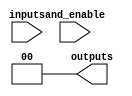
module jewel_pal #(
    parameter NUM_INPUTS = 8,   // Number of inputs
    parameter NUM_AND_GATES = 4, // Number of AND gates
    parameter NUM_OUTPUTS = 2    // Number of outputs
)(
    input wire [NUM_INPUTS-1:0] inputs, // Input signals
    input wire [NUM_AND_GATES-1:0] and_enable, // Control signals for AND gates
    output wire [NUM_OUTPUTS-1:0] outputs // Output signals
);

// Internal signals for AND gate outputs
wire [NUM_AND_GATES-1:0] and_outputs;

// Programmable AND array
genvar i, j;
generate
    for (i = 0; i < NUM_AND_GATES; i = i + 1) begin : and_gate
        wire [NUM_INPUTS-1:0] and_inputs;
        
        // Example configuration for AND gates
        // This should be replaced with actual programmable connections
        assign and_inputs = (i == 0) ? {inputs[0], inputs[1], ~inputs[2], 1'b1} : // AND gate 0
                            (i == 1) ? {inputs[1], inputs[3], inputs[4], 1'b1} : // AND gate 1
                            (i == 2) ? {~inputs[0], inputs[2], inputs[5], 1'b1} : // AND gate 2
                            (i == 3) ? {inputs[6], inputs[7], 1'b1, 1'b1} : // AND gate 3
                            4'b0000; // Default case

        // AND gate implementation
        assign and_outputs[i] = and_enable[i] ? &and_inputs : 1'b0; // AND gate output
    end
endgenerate

// Fixed OR array
assign outputs[0] = and_outputs[0] | and_outputs[1]; // OR gate 0
assign outputs[1] = and_outputs[2] | and_outputs[3]; // OR gate 1

endmodule